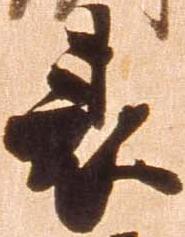
表